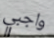
واجبي